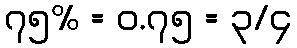
၇၅% = ၀.၇၅ = ၃/၄